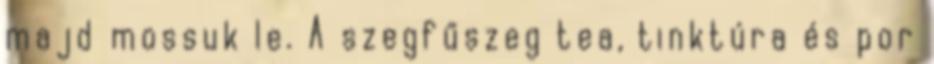
majd mossuk le. A szegfűszeg tea, tinktúra és por